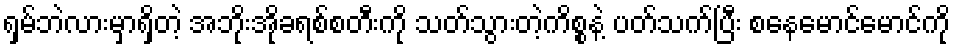
ရှမ်ဘဲလားမှာရှိတဲ့ အဘိုးအိုခရစ်စတီးကို သတ်သွားတဲ့ကိစ္စနဲ့ ပတ်သက်ပြီး စနေမောင်မောင်ကို